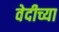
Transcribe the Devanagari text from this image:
वेदीच्या